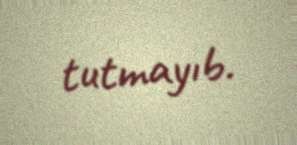
tutmayıb.